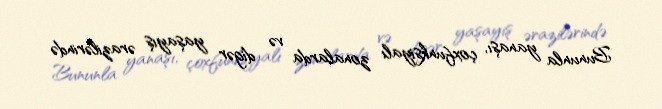
Bununla yanaşı, çoxfunksiyalı zonalarda və digər yaşayış ərazilərində